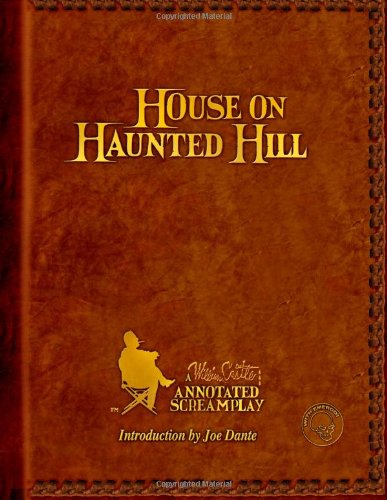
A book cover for HOUSE ON HAUNTED HILL: A William Castle Annotated Screamplay; William Castle; Humor & Entertainment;